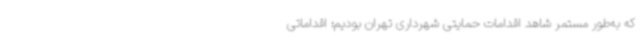
که به‌طور مستمر شاهد اقدامات حمایتی شهرداری تهران بودیم؛ اقداماتی